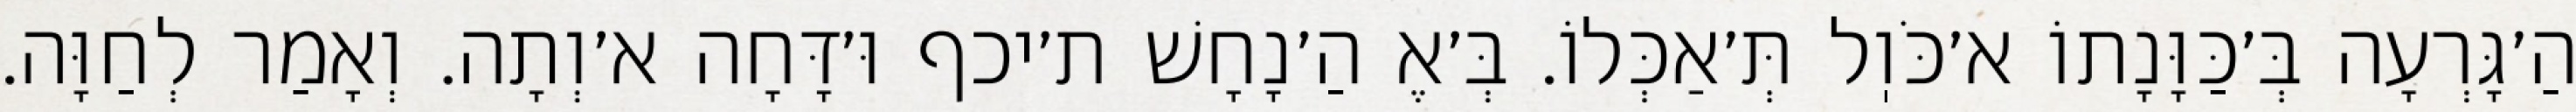
הַ׳גָּרְעָה בְּ׳כַּוָּנָתוֹ א׳כֹּוֽל תְּ׳אַכְּלוֹ. בְּ׳אֶ הַ׳נָחָשׁ ת׳יכף וּ׳דָּחָה א׳וְתָה. וְאָמַר לְחַוָּה.